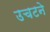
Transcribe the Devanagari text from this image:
उचटने